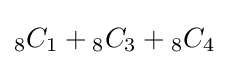
{}_{8}C_{1}+{}_{8}C_{3}+{}_{8}C_{4}